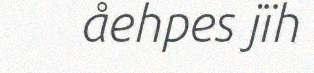
åehpes jïh